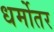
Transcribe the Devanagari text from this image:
धर्मोतर